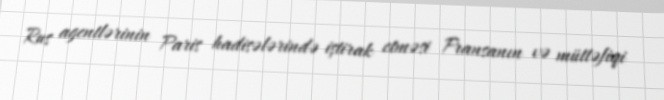
Rus agentlərinin Paris hadisələrində iştirak etməsi Fransanın və müttəfiqi